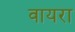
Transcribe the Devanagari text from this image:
वायरा